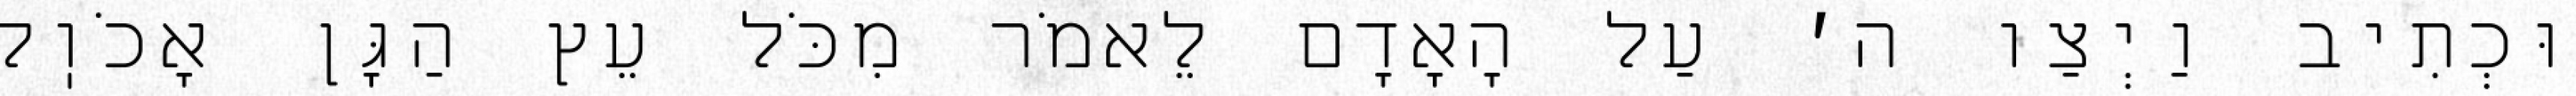
וּכְתִיב וַיְצַו ה׳ עַל הָאָדָם לֵאמֹר מִכֹּל עֵץ הַגָּן אָכֹוֽל